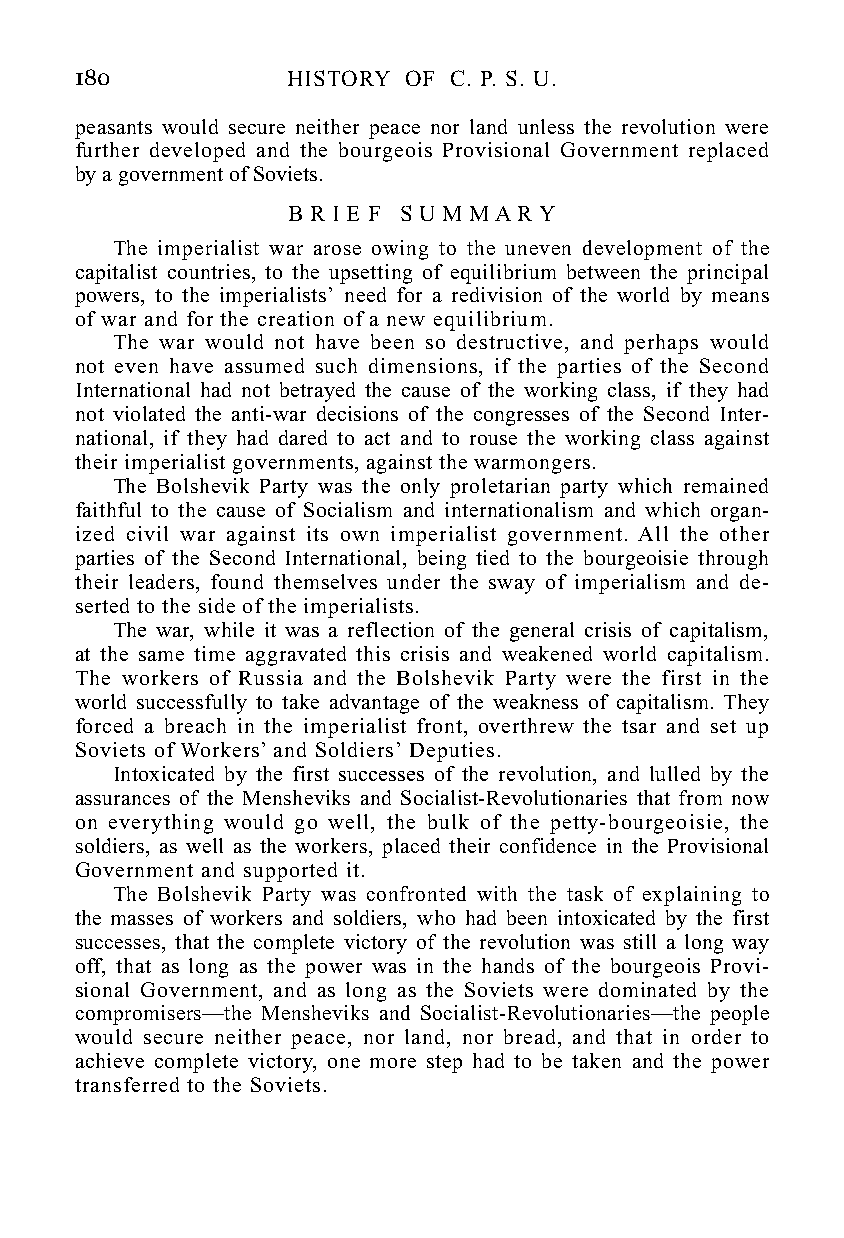
180           HISTORY OF C. P. S. U.
 peasants would secure neither peace nor land unless the revolution were
 further developed and the bourgeois Provisional Government replaced
 by a government of Soviets.
 B R I E F S U M M A R Y
 The imperialist war arose owing to the uneven development of the
 capitalist countries, to the upsetting of equilibrium between the principal
 powers, to the imperialists’ need for a redivision of the world by means
 of war and for the creation of a new equilibrium.
 The war would not have been so destructive, and perhaps would
 not even have assumed such dimensions, if the parties of the Second
 International had not betrayed the cause of the working class, if they had
 not violated the anti-war decisions of the congresses of the Second Inter-
 national, if they had dared to act and to rouse the working class against
 their imperialist governments, against the warmongers.
 The Bolshevik Party was the only proletarian party which remained
 faithful to the cause of Socialism and internationalism and which organ-
 ized civil war against its own imperialist government. All the other
 parties of the Second International, being tied to the bourgeoisie through
 their leaders, found themselves under the sway of imperialism and de-
 serted to the side of the imperialists.
 The war, while it was a reflection of the general crisis of capitalism,
 at the same time aggravated this crisis and weakened world capitalism.
 The workers of Russia and the Bolshevik Party were the first in the
 world successfully to take advantage of the weakness of capitalism. They
 forced a breach in the imperialist front, overthrew the tsar and set up
 Soviets of Workers’ and Soldiers’ Deputies.
 Intoxicated by the first successes of the revolution, and lulled by the
 assurances of the Mensheviks and Socialist-Revolutionaries that from now
 on everything would go well, the bulk of the petty-bourgeoisie, the
 soldiers, as well as the workers, placed their confidence in the Provisional
 Government and supported it.
 The Bolshevik Party was confronted with the task of explaining to
 the masses of workers and soldiers, who had been intoxicated by the first
 successes, that the complete victory of the revolution was still a long way
 off, that as long as the power was in the hands of the bourgeois Provi-
 sional Government, and as long as the Soviets were dominated by the
 compromisers—the Mensheviks and Socialist-Revolutionaries—the people
 would secure neither peace, nor land, nor bread, and that in order to
 achieve complete victory, one more step had to be taken and the power
 transferred to the Soviets.